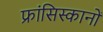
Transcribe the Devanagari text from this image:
फ्रांसिस्कानों